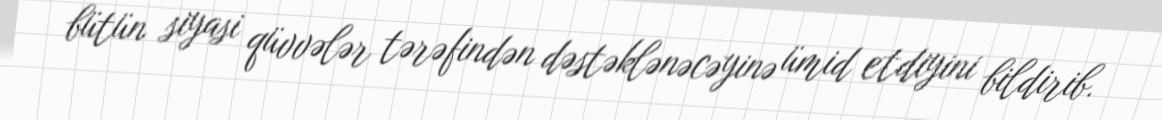
bütün siyasi qüvvələr tərəfindən dəstəklənəcəyinə ümid etdiyini bildirib.